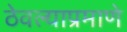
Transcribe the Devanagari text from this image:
ठेवल्याप्रमाणे